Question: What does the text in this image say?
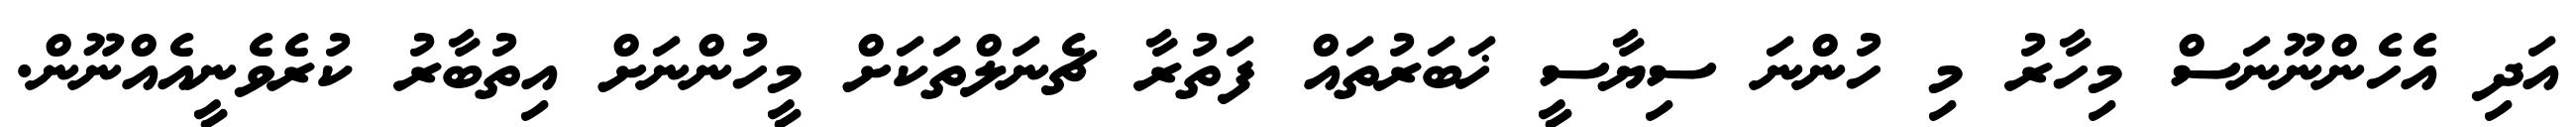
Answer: އަދި އެހެންނޫނަސް މިހާރު މި ހުންނަ ސިޔާސީ ޚަބަރުތައް ފަތުރާ ޗެނަލްތަކަށް މީހުންނަށް އިތުބާރު ކުރެވެނީއެއްނޫން.